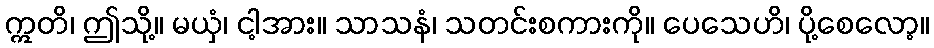
ဣတိ၊ ဤသို့။ မယှံ၊ ငါ့အား။ သာသနံ၊ သတင်းစကားကို။ ပေသေဟိ၊ ပို့စေလော့။